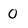
Character: 0